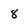
Character: 8